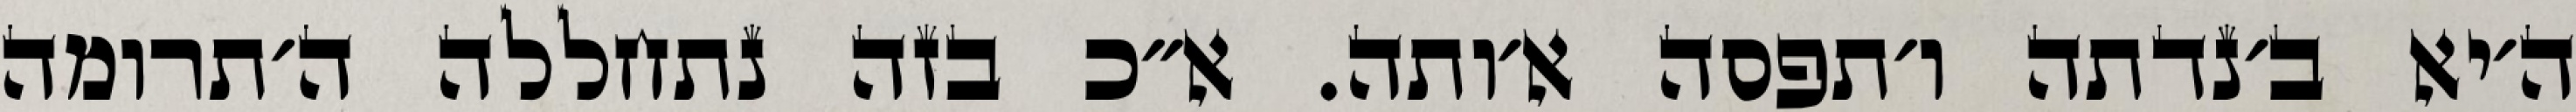
ה׳יא ב׳נדתה ו׳תפסה א׳ותה. א״כ בזה נתחללה ה׳תרומה